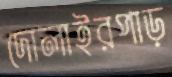
দোলাইরপাড়